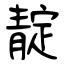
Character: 靛